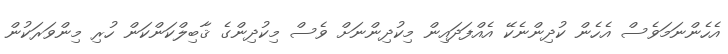
އެހެންނަމަވެސް އެހެން ކުދިންނެކޭ އެއްފަދައިން މިކުދިންނަށް ވެސް މިކުދިންގެ ޤާބިލްކަންކަން ހުރި މިންވަރަކުން